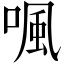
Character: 𠷕